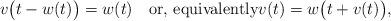
LaTeX: \begin{align*} v\bigl(t-w(t)\bigr) = w(t) \quad\mbox{or, equivalently}v(t) = w\bigl(t +v(t)\bigr),\end{align*}